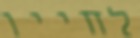
לחייו